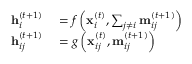
\begin{array} { r l } { \mathbf { h } _ { i } ^ { ( t + 1 ) } } & { { } = \boldsymbol { f } \left( \mathbf { x } _ { i } ^ { ( t ) } , \sum _ { j \neq i } \mathbf { m } _ { i j } ^ { ( t + 1 ) } \right) } \\ { \mathbf { h } _ { i j } ^ { ( t + 1 ) } } & { { } = \boldsymbol { g } \left( \mathbf { x } _ { i j } ^ { ( t ) } , \mathbf { m } _ { i j } ^ { ( t + 1 ) } \right) } \end{array}